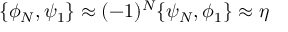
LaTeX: \{ \phi _ { N } , \psi _ { 1 } \} \approx ( - 1 ) ^ { N } \{ \psi _ { N } , \phi _ { 1 } \} \approx \eta